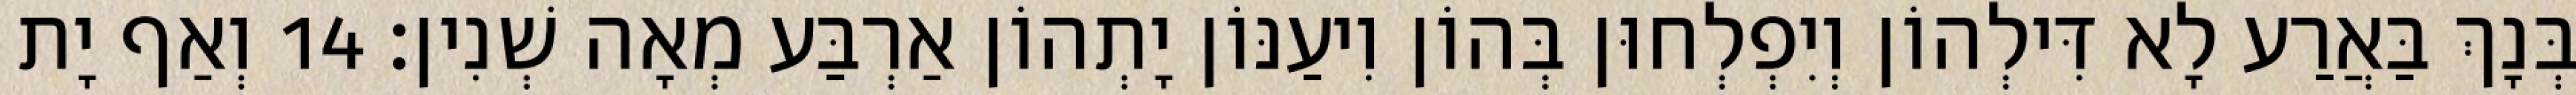
בְּנָךְ בַּאֲרַע לָא דִּילְהוֹן וְיִפְלְחוּן בְּהוֹן וִיעַנּוֹן יָתְהוֹן אַרְבַּע מְאָה שְׁנִין׃ 14 וְאַף יָת